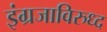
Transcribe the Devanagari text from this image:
इंग्रजाविरुध्द